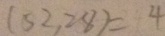
( 5 2 , 2 8 ) = 4